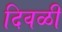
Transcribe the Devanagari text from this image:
दिवळी